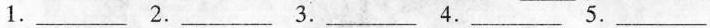
1.___ 2.___ 3.___4.___5.___